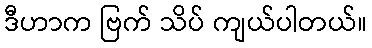
ဒီဟာက ဗြက် သိပ် ကျယ်ပါတယ်။